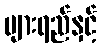
ပျားရည်နှင့်